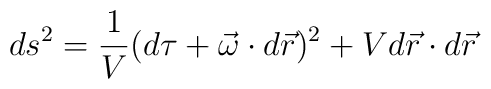
ds^{2} = \frac{1}{V} (d\tau + \vec{\omega} \cdot d\vec{r} )^{2} +V d \vec{r} \cdot d\vec{r}